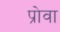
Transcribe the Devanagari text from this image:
प्रोवा